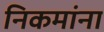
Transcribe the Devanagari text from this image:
निकमांना